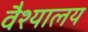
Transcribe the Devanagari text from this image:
वैश्यालय